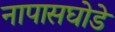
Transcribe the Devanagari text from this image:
नापासघोडे